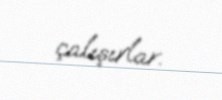
çalışırlar.